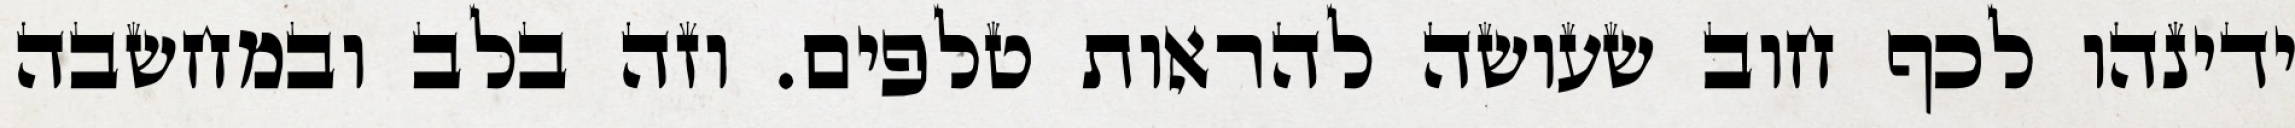
ידינהו לכף חוב שעושה להראות טלפים. וזה בלב ובמחשבה